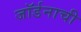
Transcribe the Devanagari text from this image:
जॉर्डनाची